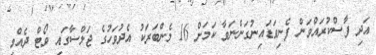
އަދި ފާސްކުރައްވަން ފެނިވަޑައިނުގަންނަވާ ކަމަށް 16 މެންބަރަކު އެދުވަހުގެ ޖަލްސާގައި ވޯޓް ދެއްވި